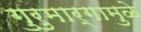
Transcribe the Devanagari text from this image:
गुरुमार्गामुळे